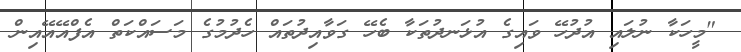
"މީހަކާ ނުލައި އުދުހޭ ވައިގެ އުޅަނދުތަކާ ބެހޭ ގަވާއިދުތައް ހެދުމުގެ މަސައްކަތް އެފްއޭއޭއިން